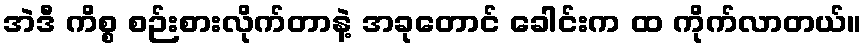
အဲဒီ ကိစ္စ စဉ်းစားလိုက်တာနဲ့ အခုတောင် ခေါင်းက ထ ကိုက်လာတယ်။